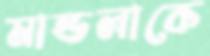
মান্ডলাকে